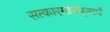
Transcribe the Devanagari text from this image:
सत्कारमानपूजार्थं